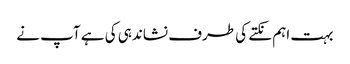
بہت اہم نکتے کی طرف نشاندہی کی ہے آپ نے